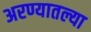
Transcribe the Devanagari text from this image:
अरण्यातल्या